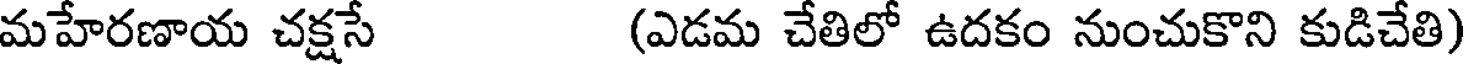
మహేరణాయ చక్షసే (ఎడమ చేతిలో ఉదకం నుంచుకొని కుడిచేతి)